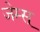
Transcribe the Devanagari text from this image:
जेम्स्